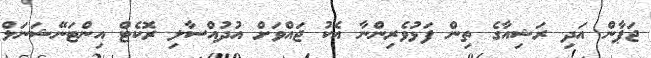
ޖަޕާން އަދި ރަޝިއާގެ ތިން ފަޅުވެރިންނާ އެކު ޖައްވަށް އުދުއްސާލި ރޮކެޓް އިންޓަނޭޝަނަލް